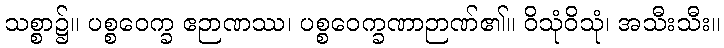
သစ္စာ၌။ ပစ္စဝေက္ခ ဧဉာဏဿ၊ ပစ္စဝေက္ခဏာဉာဏ်၏။ ဝိသုံဝိသုံ၊ အသီးသီး။